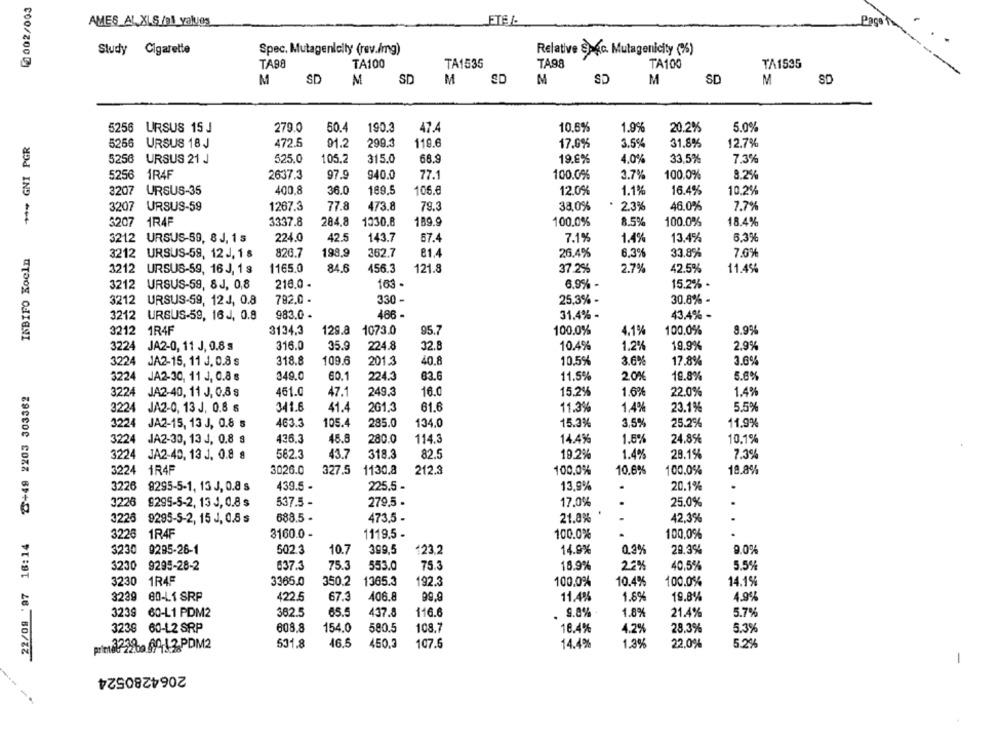
0002/003
AMES AL XLS /nl_values
Pago
Study Cigarette
Spec, Mutagenlaity (rev./mg)
Relative Sagc. Mutagenicity (%)
TA98
TA100
TA1535
TA98
TA100
TA1535
M
SD
M
SD
M
SD
M
SD
M
SD
M
SD
5256
10.6%
URSUS 15 J
279.0
50.4
190.3
47.4
1.9%
20.2%
5.0%
*** GNI PGR
5256
URSUS 18 J
472.5
91.2
299.3
119.6
17.0%
3.5%
31.8%
12.7%
5256
URSUS 21 J
525.0
105.2
315.0
68.9
19.6%
4,0%
33,5%
7.3%
5256
1R4F
2637.3
97.9
940.0
77.1
100.0%
3.7%
100,0%
8.2%
3207 URSUS-35
400.8
36.0
189.5
106.6
12.0%
1.1%
16.4%
10.2%
URSUS-59
1267.3
77.8
473.8
79.3
38.0%
2.3%
46,0%
7.7%
1R4F
3337.8
284.8
1330.8
189.9
100.0%
8.5%
100.0%
18.4%
3212 URSUS-59, 8 J, 1 5
224.0
42.5
143.7
67.4
1.4%
13.4%
5.3%
7.1%
INBIFO Koeln
820.7
198,9
362.7
81.4
26.4%
6,3%
33.8%
3212 URSUS-59, 12J. 18
7.0%
1165.0
37.2%
42.5%
3212
URSUS-59, 16 J, 18
84.6
456.3
121.8
2.7%
11.4%
3212
URSUS-59, 8 J, 0,8
216.0 .
163 -
6.9% -
15.2% -
3212
URSUS-59, 12 J, 0.8
782.0 .
330 -
25.3% -
30.8% -
3212
URSUS-59, 16J, 0.8
983.0 .
486 -
31.4% -
43,4% -
3212
1R4F
3134.3
129.8
1073.0
95.7
100.0%
4,1%
100.0%
8.9%
3224
JA2-0, 11 J, 0.8 s
316.0
35.9
224.8
32.8
10.4%
1.2%
19.9%
2.9%
3224
JA2-15, 11 J. 0.8 s
318.8
109.6
201.3
40.8
10.5%
3.6%
17.8%
3.6%
3224
JA2-30, 11 J, 0.8 s
349.0
60.1
224.3
83.6
11.5%
20%
19.8%
5.6%
22/09 97 16:14 2+49 2203 303362
3224
JA2-40, 11 J, 0.8 8
461.0
47.1
249.3
16.0
15.2%
1.6%
22.0%
1.4%
3224
JA2-0, 13 J, 0.8 6
341.6
41.4
2G1,3
61.6
11.3%
1,4%
23.1%
5.5%
JA2-15, 13 J, 0.8 5
463.3
105.4
285.0
134,0
15.3%
3,5%
25.2%
11,9%
JA2-30, 13 J, 0.8 8
435.3
46.8
280.0
114.3
14.4%
1.5%
24.8%
10.1%
3224 JA2-40, 13 J, 0.8 8
562.3
43.7
318.3
82.5
19.2%
1.4%
28.1%
7.3%
1R4F
3026.0
327.5
1130.8
212.3
100.0%
10.6%
100.0%
18.8%
3226 8295-5-1, 13 J, 0.8 s
439.5 -
225.5 -
13,9%
20.1%
3226
9295-5-2, 13 J, 0.8 $
537.5 -
279.5 .
17.0%
25,0%
3226
9295-5-2, 15 J, 0.8 s
688.5 -
473.5 -
21.8%
42,3%
3228
1R4F
3160.0 -
1119.5 -
100.0%
100.0%
3230
9285-26-1
502.3
10.7
399,5
123.2
14.9%
0,3%
29,3%
9.0%
3230
9295-28-2
553.0
637.3
75.3
75.3
18.9%
22%
40.5%
5.5%
3230
1R45
3365.0
350.2
1365.3
192.3
100.0%
10.4%
100.0%
14.1%
80-L1 SRP
422.5
67.3
406.8
99.9
11.4%
1.8%
19.8%
4.9%
3239
60-L1 PDM2
382.5
65.5
437.8
116.6
9.8%
1.8%
21.4%
5.7%
3239 60-12 SRP
608.8
154.0
580.5
108.7
18.4%
4.2%
28.3%
5.3%
primal2260 9912 PDM2
631.8
46.5
450,3
107.6
14.4%
1.3%
22.0%
5.2%
-
2064280524